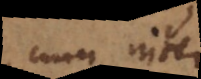
cum inter